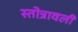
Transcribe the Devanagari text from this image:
स्तोत्रावली